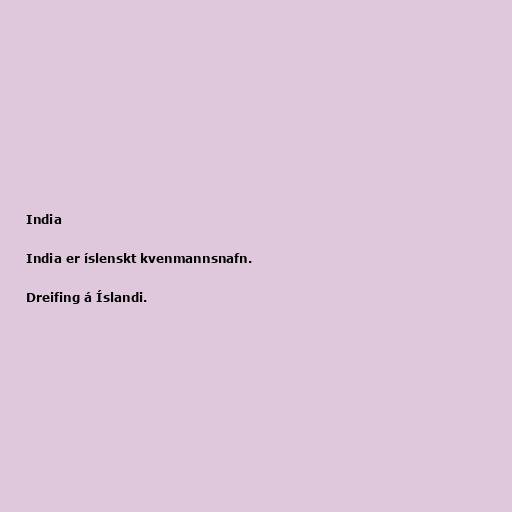
India

India er íslenskt kvenmannsnafn.

Dreifing á Íslandi.